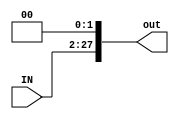
module shl2_26b (input [25:0] IN,output [27:0] out);
    assign out = {IN, 2'b00};
    
endmodule